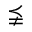
\precneqq